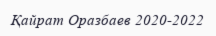
Қайрат Оразбаев 2020-2022